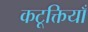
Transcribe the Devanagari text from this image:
कटूक्तियाँ